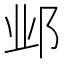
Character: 邺